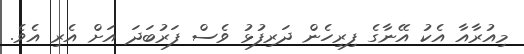
މިއުރާއާ އެކު އޭނާގެ ފިރިހެން ދަރިފުޅު ވެސް ފަރުބަދަ އަށް އެރި އެވެ.